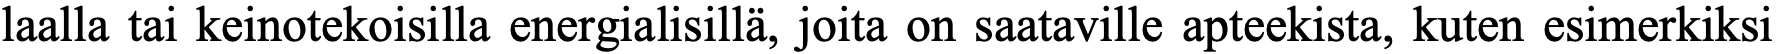
laalla tai keinotekoisilla energialisillä, joita on saataville apteekista, kuten esimerkiksi